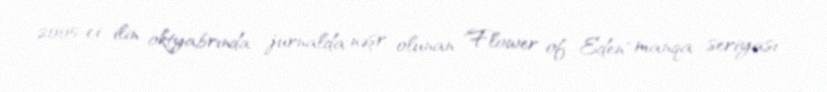
2005-ci ilin oktyabrında jurnalda nəşr olunan "Flower of Eden" manqa seriyası